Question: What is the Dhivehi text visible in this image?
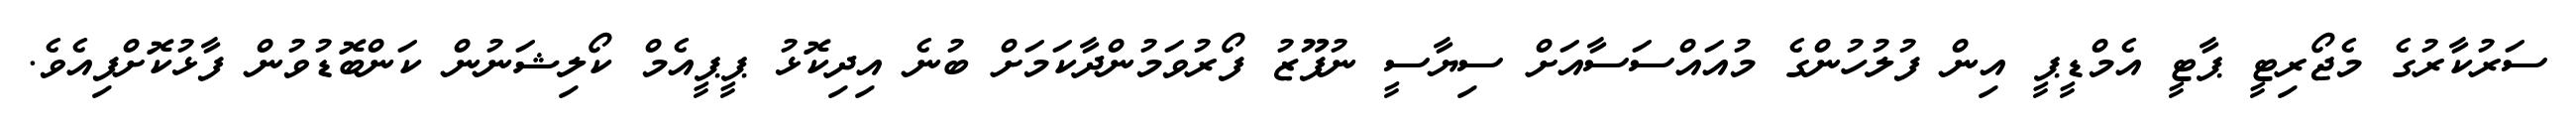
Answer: ސަރުކާރުގެ މެޖޯރިޓީ ޕާޓީ އެމްޑީޕީ އިން ފުލުހުންގެ މުއައްސަސާއަށް ސިޔާސީ ނުފޫޒު ފޯރުވަމުންދާކަމަށް ބުނެ އިދިކޮޅު ޕީޕީއެމް ކޯލިޝަނުން ކަންބޮޑުވުން ފާޅުކޮށްފިއެވެ.